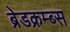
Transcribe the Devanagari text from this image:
ब्रेडक्रम्ब्स